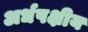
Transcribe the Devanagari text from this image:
अर्धपक्षीय